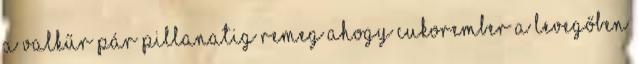
A valkűr pár pillanatig remeg ahogy Cukorember a levegőben